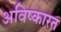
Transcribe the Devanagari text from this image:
अविष्कारत